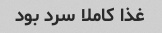
غذا کاملا سرد بود